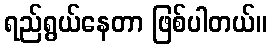
ရည်ရွယ်နေတာ ဖြစ်ပါတယ်။